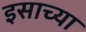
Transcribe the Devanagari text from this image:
इसाच्या